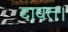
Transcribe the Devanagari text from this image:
दावत।